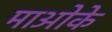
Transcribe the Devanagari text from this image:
माओके